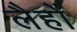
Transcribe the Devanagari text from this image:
लैहों